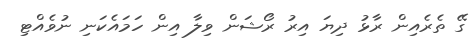
ގޭ ތެރެއިން ރާޅު ދިޔަ އިރު ރޯޝަން ވިލާ އިން ހަމައެކަނި ނުވެއްޓި